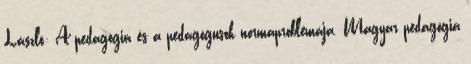
László: A pedagógia és a pedagógusok normaproblémája. Magyar pedagógia